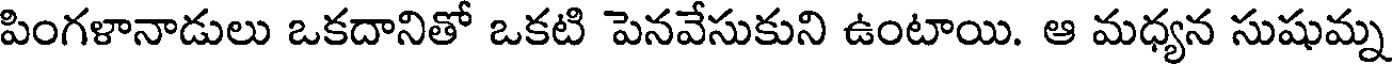
పింగళానాడులు ఒకదానితో ఒకటి పెనవేసుకుని ఉంటాయి. ఆ మధ్యన సుషుమ్న